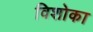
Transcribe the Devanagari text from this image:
विशोका